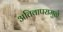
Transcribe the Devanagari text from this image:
अतिवापरामुळे